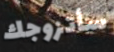
سأتزوجك